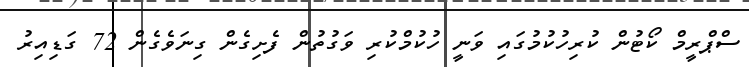
ސްޕްރީމް ކޯޓުން ކުރިހުކުމުގައި ވަނީ ހުކުމްކުރި ވަގުތުން ފެށިގެން ގިނަވެގެން 72 ގަޑިއިރު